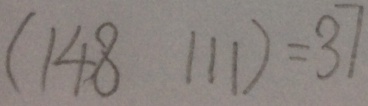
( 1 4 8 1 1 1 ) = 3 7